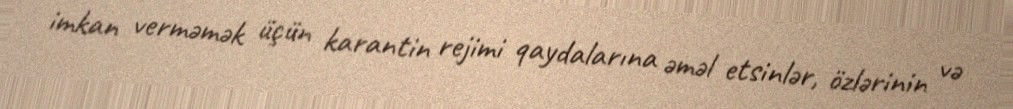
imkan verməmək üçün karantin rejimi qaydalarına əməl etsinlər, özlərinin və